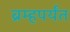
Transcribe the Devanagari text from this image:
ब्रम्हपर्यंत